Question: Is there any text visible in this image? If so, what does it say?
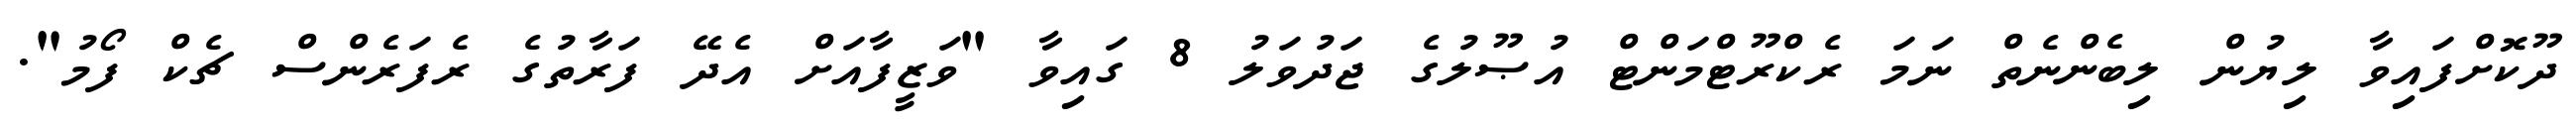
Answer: ދޫކޮށްފައިވާ ލިޔުން ލިބެންނެތް ނަމަ ރެކްރޫޓްމަންޓް އުޞޫލުގެ ޖަދުވަލު 8 ގައިވާ "ވަޒީފާއަށް އެދޭ ފަރާތުގެ ރެފަރެންސް ޗެކް ފޯމު".